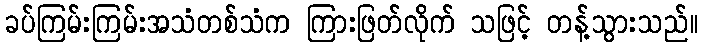
ခပ်ကြမ်းကြမ်းအသံတစ်သံက ကြားဖြတ်လိုက် သဖြင့် တန့်သွားသည်။